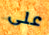
على